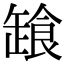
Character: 𩛒